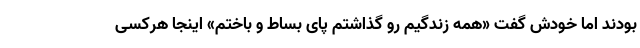
بودند اما خودش گفت «همه زندگیم رو گذاشتم پای بساط و باختم» اینجا هرکسی